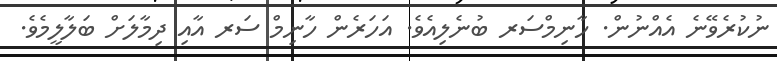
ނުކުރެވޭނެ އެއްނުން. ހާނިމްސަރ ބުނެލިއެވެ. އަހަރެން ހާނިމް ސަރ އާއި ދިމާލަށް ބަލާލީމެވެ.